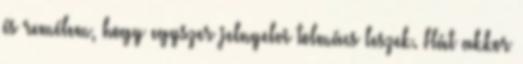
és remélem, hogy egyszer jelnyelvi tolmács leszek. Hát akkor